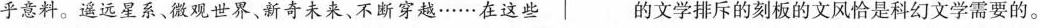
乎意料。遥远星系、微观世界、新奇未来、不断穿越……在这些 的文学排斥的刻板的文风恰是科幻文学需要的。